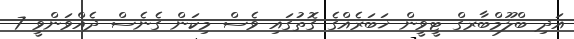
އަދި ބްލޫމްބާރގް ޓީވީން ޚަބަރެއްގެ ގޮތުގައި ވެސް މިކަން ގެނެސް ދެއްވަންވީ 7